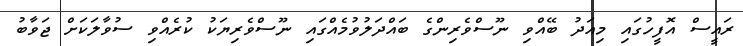
ރައީސް އޮފީހުގައި މިއަދު ބޭއްވި ނޫސްވެރިންގެ ބައްދަލުވުމެއްގައި ނޫސްވެރިޔަކު ކުރެއްވި ސުވާލަކަށް ޖަވާބު